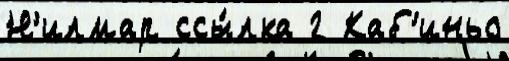
Н'илмар ссы́лка 2 Каб'иньо